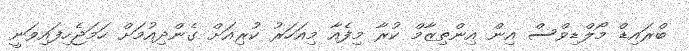
ބްރައިޑް މޯލްޑިވްސް އިން އިންތިޒާމް ކުރާ މިފެއާ މިއަހަރު ކުރިއަށް ގެންދިއުމަށް ހަމަޖެހިފައިވަނީ